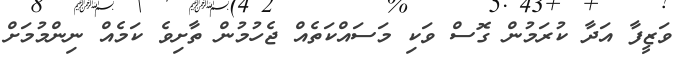
ވަޒީފާ އަދާ ކުރަމުން ގޮސް ވަކި މަސައްކަތެއް ޖެހުމުން ތާށިވެ ކަމެއް ނިންމުމަށް